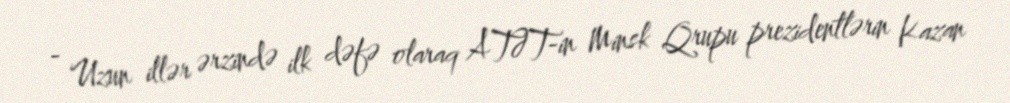
- Uzun illər ərzində ilk dəfə olaraq ATƏT-in Minsk Qrupu prezidentlərin Kazan